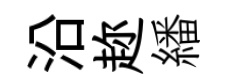
沿趂繙